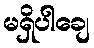
မရှိပါချေ